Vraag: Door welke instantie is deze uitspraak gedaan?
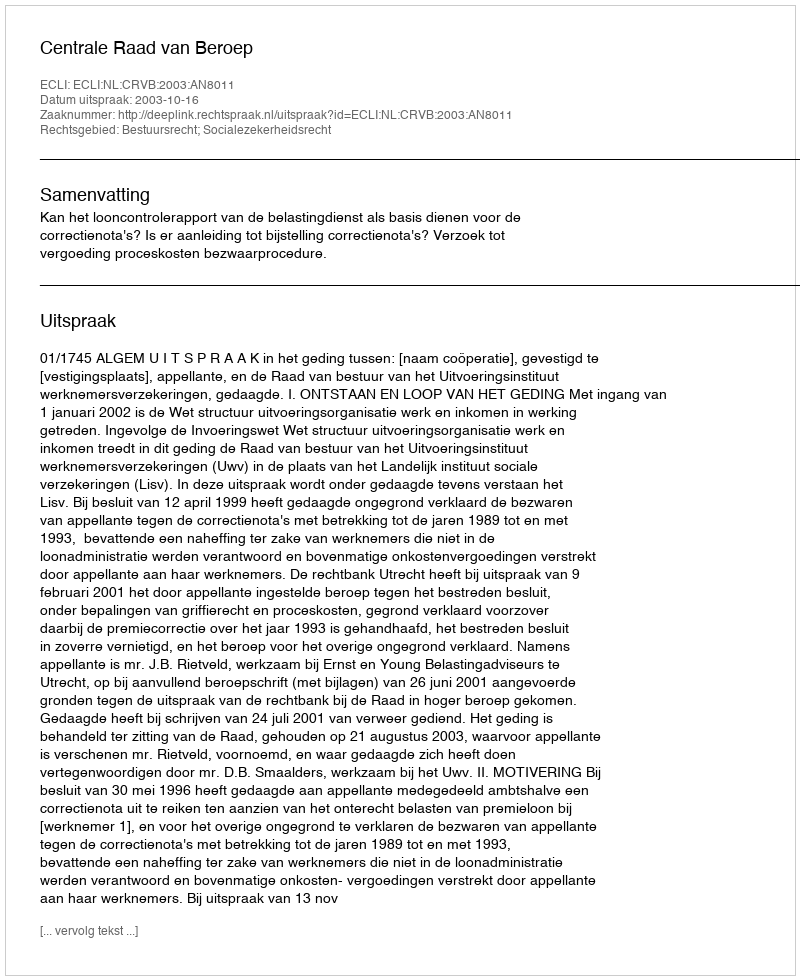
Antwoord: Centrale Raad van Beroep